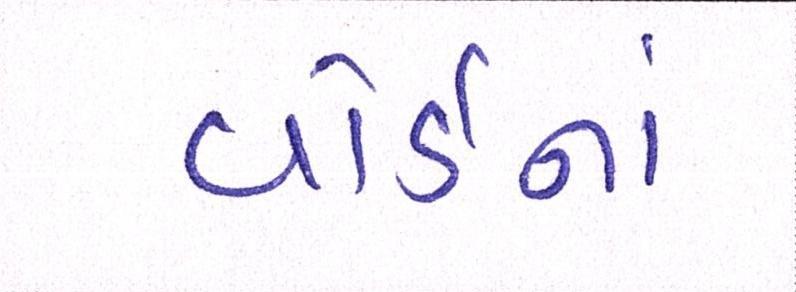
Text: વોર્ડનાં